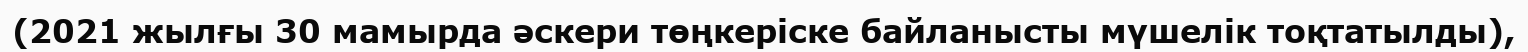
(2021 жылғы 30 мамырда әскери төңкеріске байланысты мүшелік тоқтатылды),